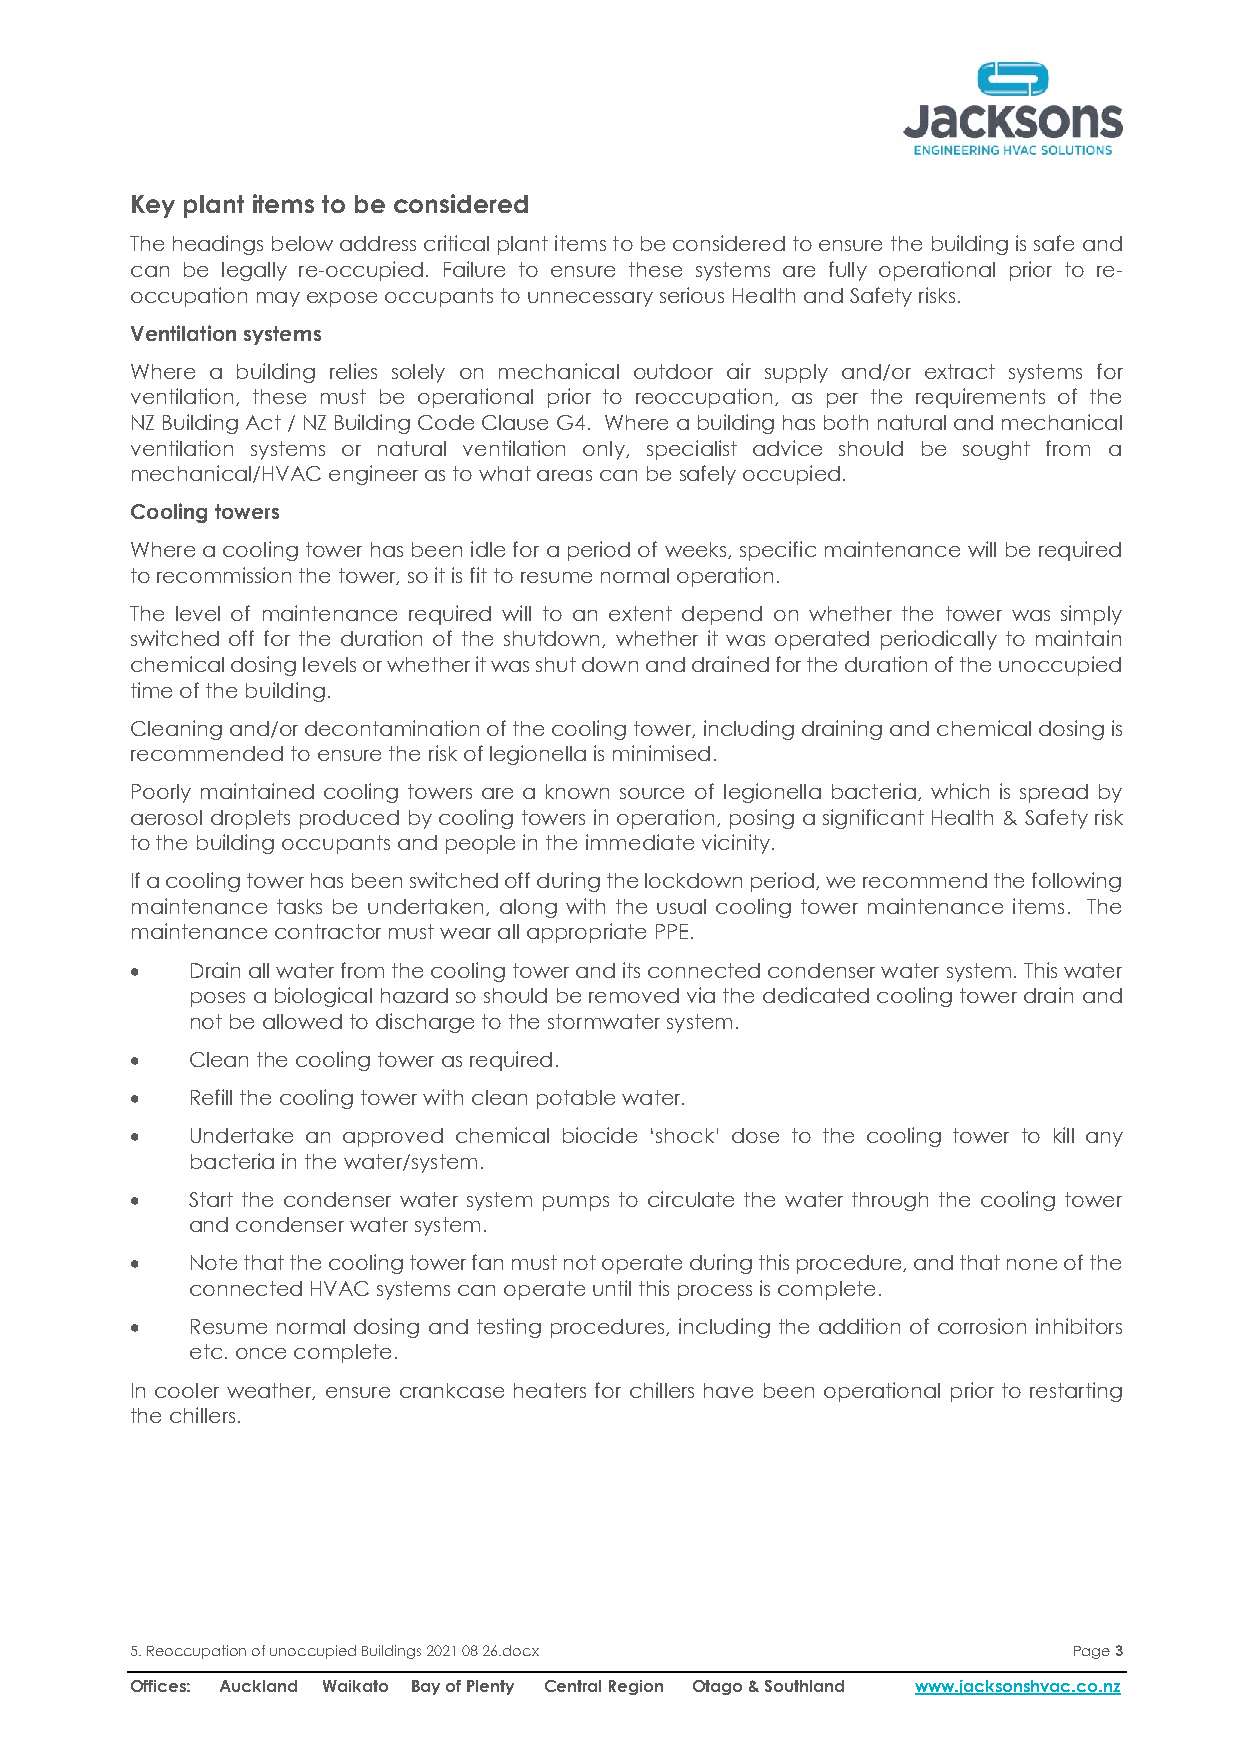
Key plant items to be considered
 The headings below address critical plant items to be considered to ensure the building is safe and
 can be legally re-occupied. Failure to ensure these systems are fully operational prior to re-
 occupation may expose occupants to unnecessary serious Health and Safety risks.
 Ventilation systems
 Where a building relies solely on mechanical outdoor air supply and/or extract systems for
 ventilation, these must be operational prior to reoccupation, as per the requirements of the
 NZ Building Act / NZ Building Code Clause G4. Where a building has both natural and mechanical
 ventilation systems or natural ventilation only, specialist advice should be sought from a
 mechanical/HVAC engineer as to what areas can be safely occupied.
 Cooling towers
 Where a cooling tower has been idle for a period of weeks, specific maintenance will be required
 to recommission the tower, so it is fit to resume normal operation.
 The level of maintenance required will to an extent depend on whether the tower was simply
 switched off for the duration of the shutdown, whether it was operated periodically to maintain
 chemical dosing levels or whether it was shut down and drained for the duration of the unoccupied
 time of the building.
 Cleaning and/or decontamination of the cooling tower, including draining and chemical dosing is
 recommended to ensure the risk of legionella is minimised.
 Poorly maintained cooling towers are a known source of legionella bacteria, which is spread by
 aerosol droplets produced by cooling towers in operation, posing a significant Health & Safety risk
 to the building occupants and people in the immediate vicinity.
 If a cooling tower has been switched off during the lockdown period, we recommend the following
 maintenance tasks be undertaken, along with the usual cooling tower maintenance items. The
 maintenance contractor must wear all appropriate PPE.
 •   Drain all water from the cooling tower and its connected condenser water system. This water
 poses a biological hazard so should be removed via the dedicated cooling tower drain and
 not be allowed to discharge to the stormwater system.
 •   Clean the cooling tower as required.
 •   Refill the cooling tower with clean potable water.
 •   Undertake an approved chemical biocide ‘shock’ dose to the cooling tower to kill any
 bacteria in the water/system.
 •   Start the condenser water system pumps to circulate the water through the cooling tower
 and condenser water system.
 •   Note that the cooling tower fan must not operate during this procedure, and that none of the
 connected HVAC systems can operate until this process is complete.
 •   Resume normal dosing and testing procedures, including the addition of corrosion inhibitors
 etc. once complete.
 In cooler weather, ensure crankcase heaters for chillers have been operational prior to restarting
 the chillers.
 5. Reoccupation of unoccupied Buildings 2021 08 26.docx       Page 3
 Offices: Auckland Waikato Bay of Plenty Central Region Otago & Southland www.jacksonshvac.co.nz